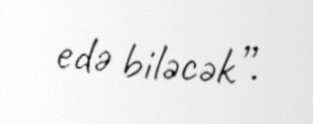
edə biləcək”.